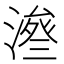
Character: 𱨥